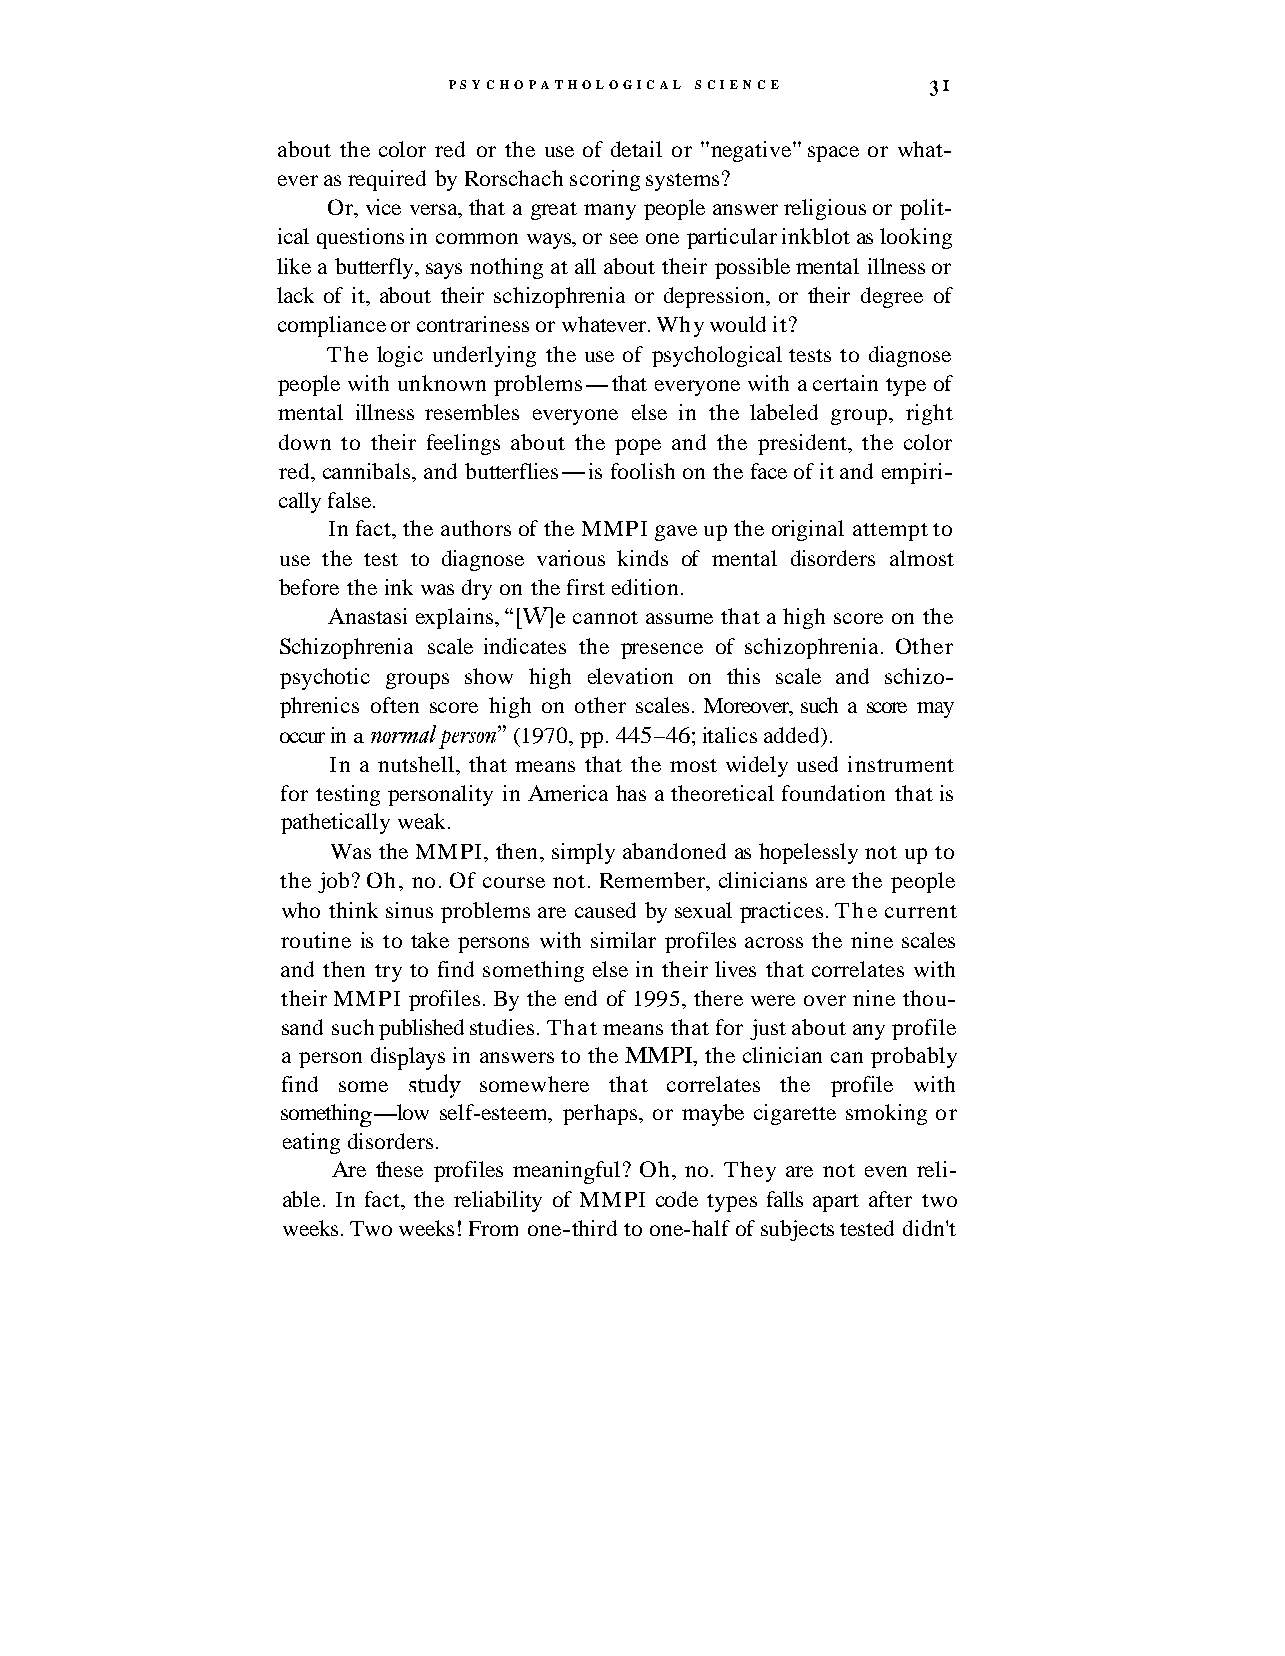
PSYCHOPATHOLOGICAL SCIENCE      3 1
 about the color red or the use of detail or "negative" space or what-
 ever as required by Rorschach scoring systems?
 Or, vice versa, that a great many people answer religious or polit-
 ical questions in common ways, or see one particular inkblot as looking
 like a butterfly, says nothing at all about their possible mental illness or
 lack of it, about their schizophrenia or depression, or their degree of
 compliance or contrariness or whatever. Why would it?
 The logic underlying the use of psychological tests to diagnose
 people with unknown problems-that everyone with a certain type of
 mental illness resembles everyone else in the labeled group, right
 down to their feelings about the pope and the president, the color
 red, cannibals, and butterflies-is foolish on the face of it and empiri-
 cally false.
 In fact, the authors of the MMPI gave up the original attempt to
 use the test to diagnose various kinds of mental disorders almost
 before the ink was dry on the first edition.
 Anastasi explains, " w e c annot assume that a high score on the
 Schizophrenia scale indicates the presence of schizophrenia. Other
 psychotic groups show high elevation on this scale and schizo-
 phrenics often score high on other scales. Moreover, such a score may
 occur in a nomalperson" (1970, pp. 445-46; italics added).
 In a nutshell, that means that the most widely used instrument
 for testing personality in America has a theoretical foundation that is
 pathetically weak.
 Was the MMPI, then, simply abandoned as hopelessly not up to
 the job? Oh, no. Of course not. Remember, clinicians are the people
 who think sinus problems are caused by sexual practices. The current
 routine is to take persons with similar profiles across the nine scales
 and then try to find something else in their lives that correlates with
 their MMPI profiles. By the end of 1995, there were over nine thou-
 sand such published studies. That means that for just about any profile
 a person displays in answers to the MMPI, the clinician can probably
 find some study somewhere that correlates the profile with
 something-low self-esteem, perhaps, or maybe cigarette smoking or
 eating disorders.
 Are these profiles meaningful? Oh, no. They are not even reli-
 able. In fact, the reliability of MMPI code types falls apart after two
 weeks. Two weeks! From one-third to one-half of subjects tested didn't